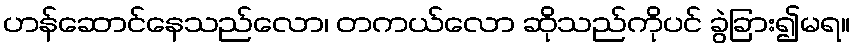
ဟန်ဆောင်နေသည်လော၊ တကယ်လော ဆိုသည်ကိုပင် ခွဲခြား၍မရ။